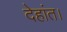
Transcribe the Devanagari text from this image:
देहांत।